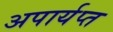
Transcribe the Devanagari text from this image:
अपार्यप्त